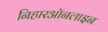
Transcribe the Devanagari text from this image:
निहारऑनलाइन